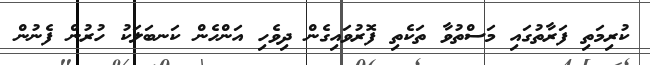
ކުރިމަތި ފަރާތުގައި މަސްތުވާ ތަކެތި ފޮރުވައިގެން ދިވެހި އަންހެން ކަނބަލަކު ހުރުން ފެނުން